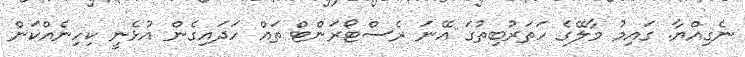
ނެގިއްޔާ. ގައިމު މާލޭގެ ހަތަރުބިތުގަ އޭނަ ރެސްޓޯރަންޓް ތައް ހަދައިގެން އުޅެނީ ކިހިނެއްކަން